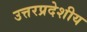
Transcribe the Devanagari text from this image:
उत्तरप्रदेशीय